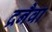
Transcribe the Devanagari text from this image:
द्रनैवा